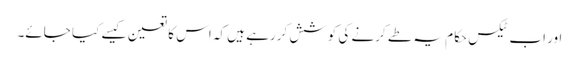
اور اب ٹیکس حکام یہ طے کرنے کی کوشش کررہے ہیں کہ اس کا تعین کیسے کیا جائے۔